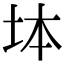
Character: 𡊖